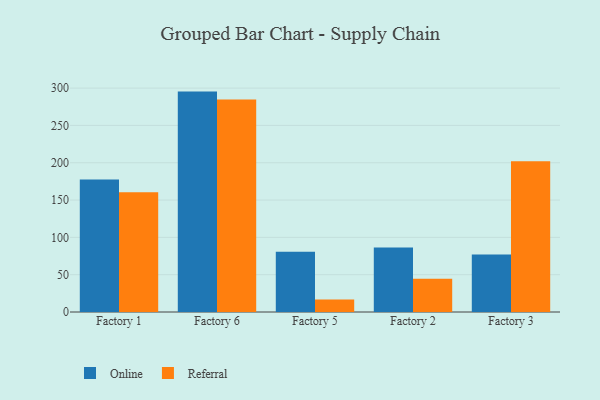
{"axis": {"x": "Factory", "y": "Revenue (USD Million)"}, "legend": ["Online", "Referral"], "data": [{"x": "Factory 1", "y": 177.4, "type": "Online"}, {"x": "Factory 1", "y": 160.5, "type": "Referral"}, {"x": "Factory 6", "y": 295.3, "type": "Online"}, {"x": "Factory 6", "y": 284.8, "type": "Referral"}, {"x": "Factory 5", "y": 80.7, "type": "Online"}, {"x": "Factory 5", "y": 16.7, "type": "Referral"}, {"x": "Factory 2", "y": 86.4, "type": "Online"}, {"x": "Factory 2", "y": 44.4, "type": "Referral"}, {"x": "Factory 3", "y": 77.1, "type": "Online"}, {"x": "Factory 3", "y": 202.1, "type": "Referral"}]}